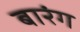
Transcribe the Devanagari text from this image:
बारंग